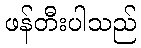
ဖန်တီးပါသည်